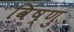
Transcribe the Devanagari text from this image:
विंष्णु